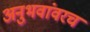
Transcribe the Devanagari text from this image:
अनुभवांवरच